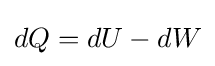
dQ=dU-dW